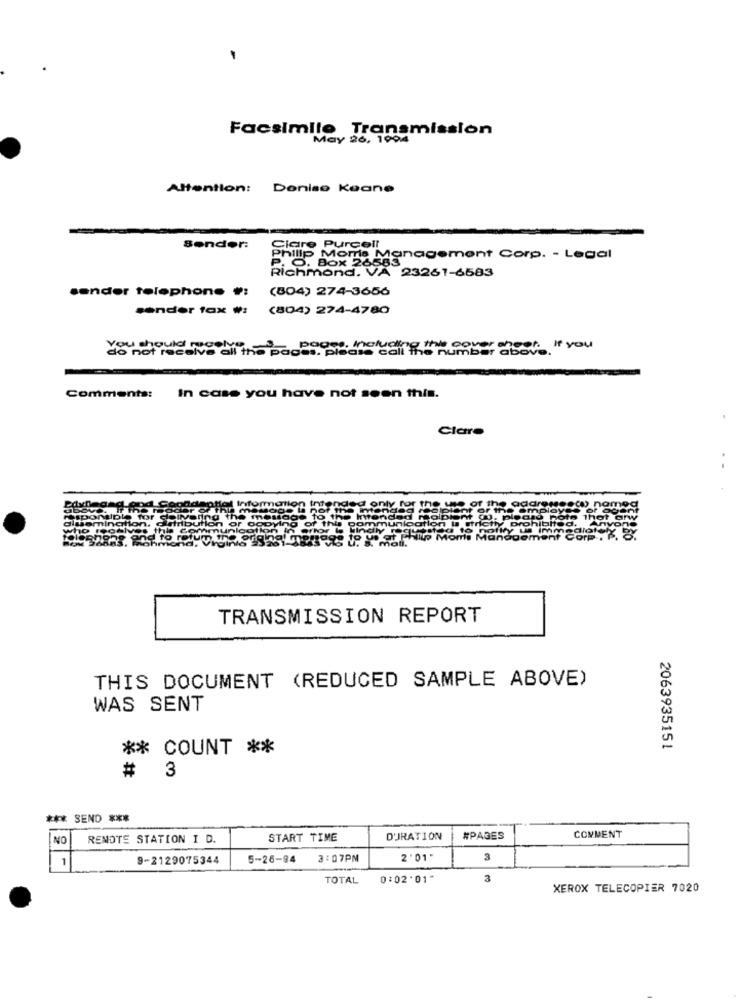
Facsimile Transmission
May 26, 1994
Attention: Doniso Keane
Sonder:
Clare Purcell
Philip Moms Management Corp. - Legal
P. O. Box 26583
Richmond. VA 23261-6583
sender telephone #:
(804) 274-3656
sender tax #:
(804) 274-4780
You should receive
do not receive all the pages. please call
poose, Including the cover cheof. if you
Comments:
In case you have not seen this.
Claro
TRANSMISSION REPORT
THIS DOCUMENT (REDUCED SAMPLE ABOVE)
WAS SENT
** COUNT **
2063935151
# 3
*** SEND ***
NO
REMOTE STATION I D.
START TIME
DURATION
#PAGES
COMMENT
1
9-2129075344
5-26-94
3:07PM
2 '01"
3
TOTAL
0:02*01"
3
XEROX TELECOPIER 7020